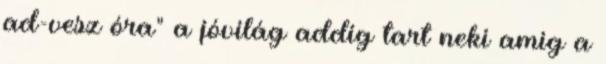
ad-vesz óra" a jóvilág addig tart neki amig a